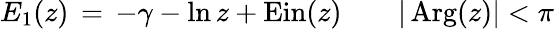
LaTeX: E_{1}(z)\, =\, -\gamma-\ln z+\mathrm{{Ein}}(z)\qquad|\operatorname{Arg}(z)|<\pi